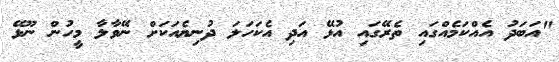
"އަބަދު އެއްކަމެއްގައި ތެރޭގައި އުޅޭ އަދި އެކަހަލަ ދުނިޔެއަކަށް ނޭވާލާ މީހުން ނޫޅޭ